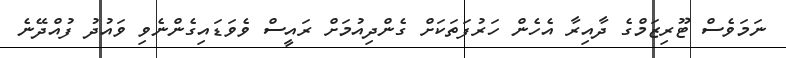
ނަމަވެސް ޓޫރިޒަމްގެ ދާއިރާ އެހެން ހަރުފަތަކަށް ގެންދިއުމަށް ރައީސް ވެވަޑައިގެންނެވި ވައުދު ފުއްދޭނެ